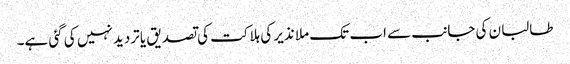
طالبان کی جانب سے اب تک ملا نذیر کی ہلاکت کی تصدیق یا تردید نہیں کی گئی ہے۔